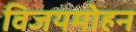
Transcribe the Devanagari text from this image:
विजयमोहन